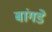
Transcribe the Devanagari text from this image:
बांगडे